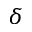
\delta